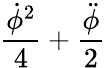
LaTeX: \frac{\dot{\phi}^{2}}{4}+\frac{\ddot{\phi}}{2}